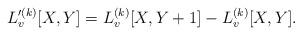
LaTeX: \begin{align*}L'^{(k)}_v[X, Y] = L^{(k)}_v[X, Y+1] - L^{(k)}_v[X, Y].\end{align*}